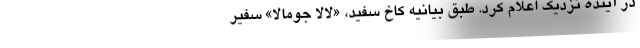
در آینده نزدیک اعلام کرد. طبق بیانیه کاخ سفید، «لالا جومالا» سفیر